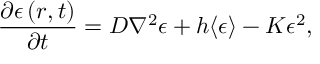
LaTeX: \frac { \partial \epsilon \left( r , t \right) } { \partial t } = D \nabla ^ { 2 } \epsilon + h \langle \epsilon \rangle - K \epsilon ^ { 2 } ,